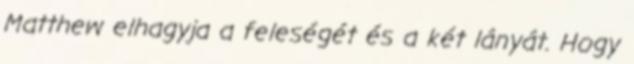
Matthew elhagyja a feleségét és a két lányát. Hogy